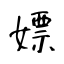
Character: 嫖